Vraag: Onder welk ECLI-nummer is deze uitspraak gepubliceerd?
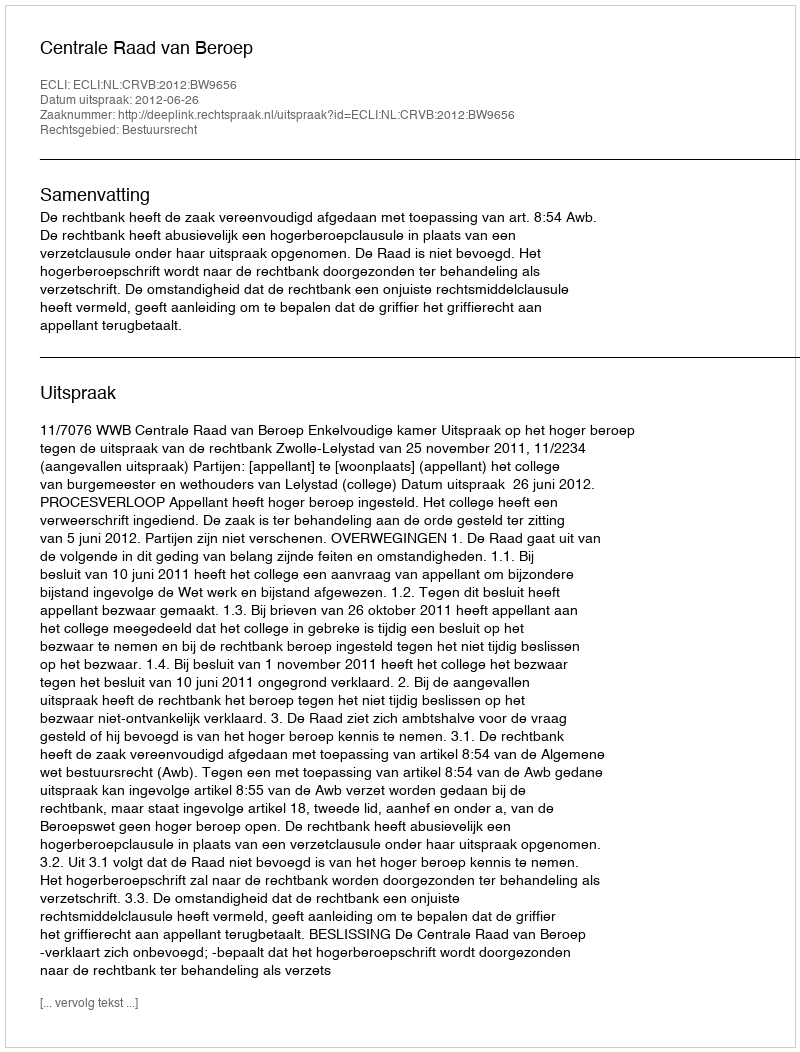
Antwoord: ECLI:NL:CRVB:2012:BW9656